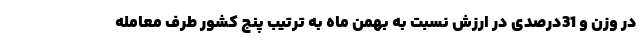
در وزن و 31درصدی در ارزش نسبت به بهمن ماه به ترتیب پنج کشور طرف معامله